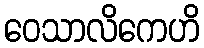
ဝေသာလိကေဟိ